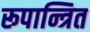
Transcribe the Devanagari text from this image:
रूपान्त्रित